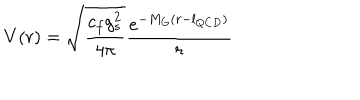
V ( r ) = \sqrt { \frac { c _ { f } g _ { s } ^ { 2 } } { 4 \pi } } \frac { e ^ { - M _ { G } ( r - l _ { Q C D } ) } } { r }